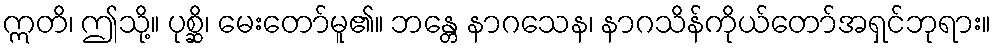
ဣတိ၊ ဤသို့။ ပုစ္ဆိ၊ မေးတော်မူ၏။ ဘန္တေ နာဂသေန၊ နာဂသိန်ကိုယ်တော်အရှင်ဘုရား။